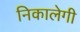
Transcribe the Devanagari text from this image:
निकालेगी